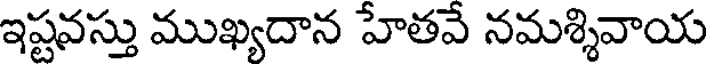
ఇష్టవస్తు ముఖ్యదాన హేతవే నమశ్శివాయ